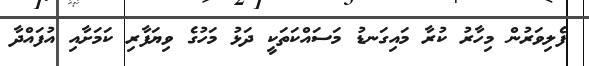
ފެލިވަރުން މިހާރު ކުރާ މައިގަނޑު މަސައްކަތަކީ ދަޅު މަހުގެ ވިޔަފާރި ކަމަށާއި އުފައްދާ